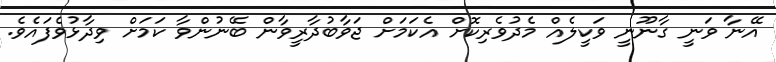
އޭނާ ވަނީ ގާނޫނީ ވަކީލެއް މެދުވެރިކޮށް އެކަމަށް ޖަވާބުދާރީވާން ބޭނުންވާ ކަމަށް ވިދާޅުވެފައެވެ.